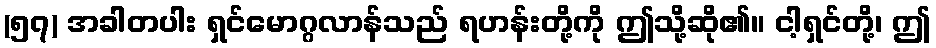
(၅၇) အခါတပါး ရှင်မောဂ္ဂလာန်သည် ရဟန်းတို့ကို ဤသို့ဆို၏။ ငါ့ရှင်တို့၊ ဤ